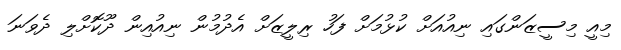
މިއީ މިސީޒަންގައި ނިއުއަށް ކުޅުމަށް ފަހު ރިލީޒަށް އެދުމުން ނިއުއިން ދޫކޮށްލި ދެވަނަ